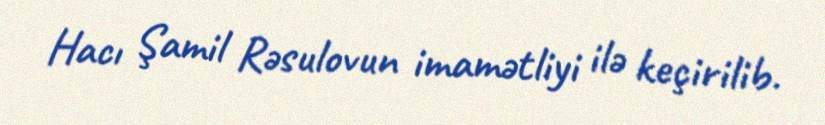
Hacı Şamil Rəsulovun imamətliyi ilə keçirilib.